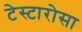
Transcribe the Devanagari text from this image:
टेस्टारोसा